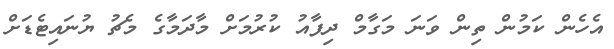
އެހެން ކަމުން ތިން ވަނަ މަގާމް ދިފާއު ކުރުމަށް މާދަމާގެ މެޗު ޔުނައިޓެޑަށް